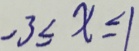
- 3 \leq x \leq 1